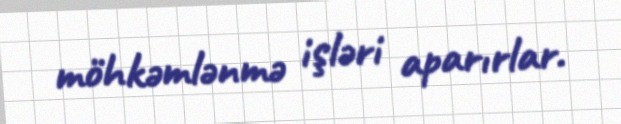
möhkəmlənmə işləri aparırlar.